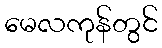
မေလကုန်တွင်